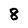
Character: 8